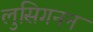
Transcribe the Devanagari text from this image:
लुसिगनन